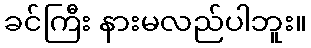
ခင်ကြီး နားမလည်ပါဘူး။